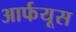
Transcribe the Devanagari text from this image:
आर्फयूस